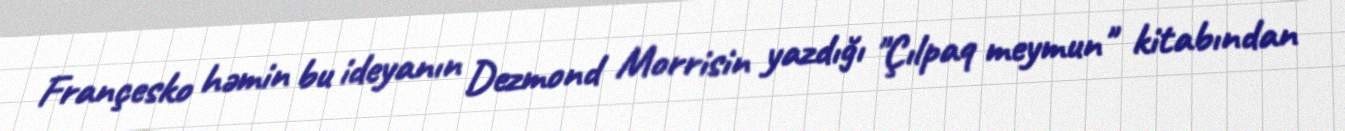
Françesko həmin bu ideyanın Dezmond Morrisin yazdığı "Çılpaq meymun" kitabından